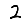
Digit: 2